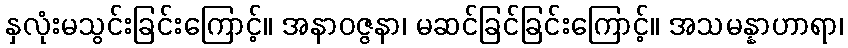
နှလုံးမသွင်းခြင်းကြောင့်။ အနာဝဇ္ဇနာ၊ မဆင်ခြင်ခြင်းကြောင့်။ အသမန္နာဟာရာ၊